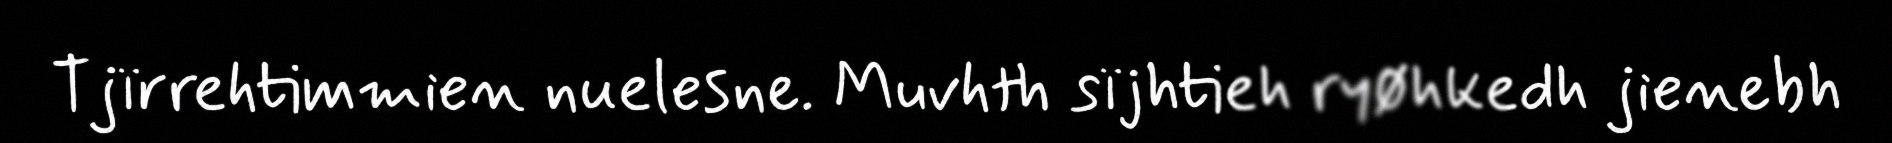
Tjïrrehtimmien nuelesne. Muvhth sïjhtieh ryøhkedh jienebh